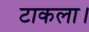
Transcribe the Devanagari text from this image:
टाकला।